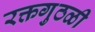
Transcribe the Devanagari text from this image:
रक्तगुठळी